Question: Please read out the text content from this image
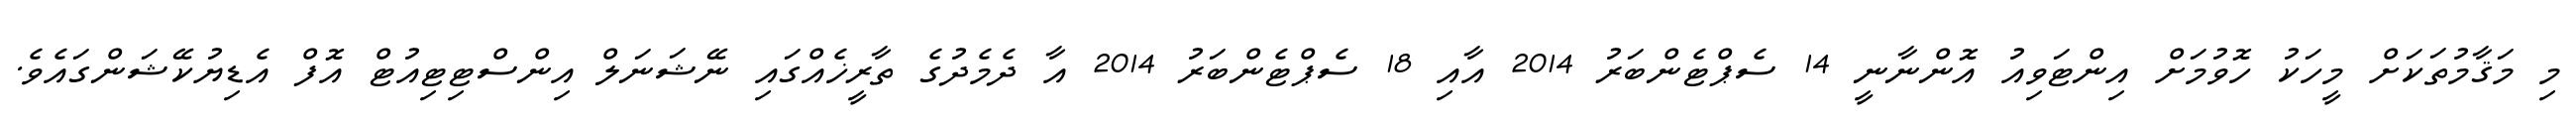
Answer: މި މަޤާމުތަކަށް މީހަކު ހޮވުމަށް އިންޓަވިއު އޮންނާނީ 14 ސެޕްޓެންބަރު 2014 އާއި 18 ސެޕްޓެންބަރު 2014 އާ ދެމެދުގެ ތާރީޚެއްގައި ނޭޝަނަލް އިންސްޓިޓިއުޓް އޮފް އެޑިޔުކޭޝަންގައެވެ.